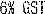
6% GST